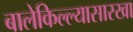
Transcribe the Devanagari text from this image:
बालेकिल्ल्यासारखा